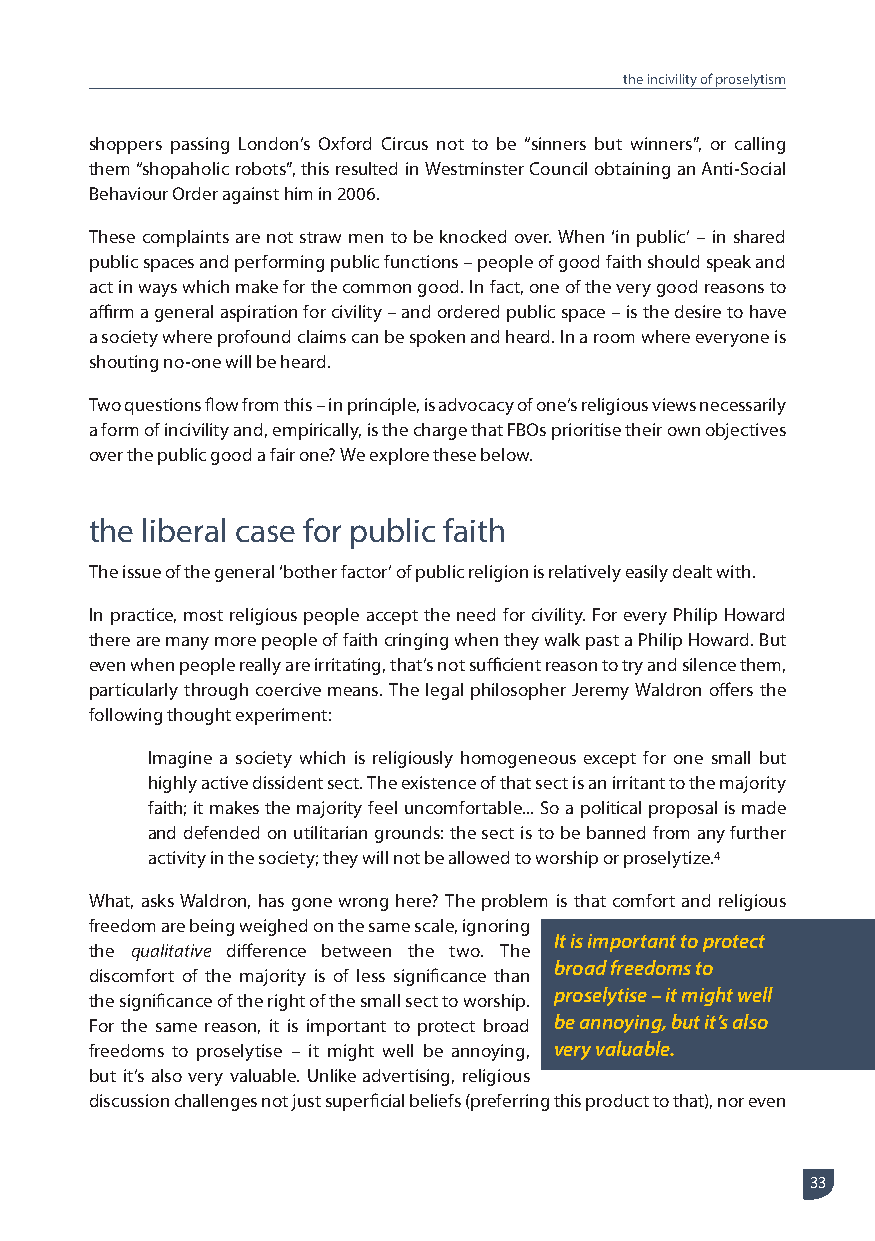
the incivility of proselytism
 shoppers passing London’s Oxford Circus not to be “sinners but winners”, or calling
 them “shopaholic robots”, this resulted in Westminster Council obtaining an Anti-Social
 Behaviour Order against him in 2006.
 These complaints are not straw men to be knocked over. When ‘in public’ – in shared
 public spaces and performing public functions – people of good faith should speak and
 act in ways which make for the common good. In fact, one of the very good reasons to
 affirm a general aspiration for civility – and ordered public space – is the desire to have
 a society where profound claims can be spoken and heard. In a room where everyone is
 shouting no-one will be heard.
 Two questions flow from this – in principle, is advocacy of one’s religious views necessarily
 a form of incivility and, empirically, is the charge that FBOs prioritise their own objectives
 over the public good a fair one? We explore these below.
 the liberal case for public faith
 The issue of the general ‘bother factor’ of public religion is relatively easily dealt with.
 In practice, most religious people accept the need for civility. For every Philip Howard
 there are many more people of faith cringing when they walk past a Philip Howard. But
 even when people really are irritating, that’s not sufficient reason to try and silence them,
 particularly through coercive means. The legal philosopher Jeremy Waldron offers the
 following thought experiment:
 Imagine a society which is religiously homogeneous except for one small but
 highly active dissident sect. The existence of that sect is an irritant to the majority
 faith; it makes the majority feel uncomfortable... So a political proposal is made
 and defended on utilitarian grounds: the sect is to be banned from any further
 activity in the society; they will not be allowed to worship or proselytize.4
 What, asks Waldron, has gone wrong here? The problem is that comfort and religious
 freedom are being weighed on the same scale, ignoring
 It is important to protect
 the qualitative difference between the two. The
 broad freedoms to
 discomfort of the majority is of less significance than
 proselytise – it might well
 the significance of the right of the small sect to worship.
 For the same reason, it is important to protect broad be annoying, but it’s also
 freedoms to proselytise – it might well be annoying, very valuable.
 but it’s also very valuable. Unlike advertising, religious
 discussion challenges not just superficial beliefs (preferring this product to that), nor even
 33